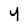
Character: 4